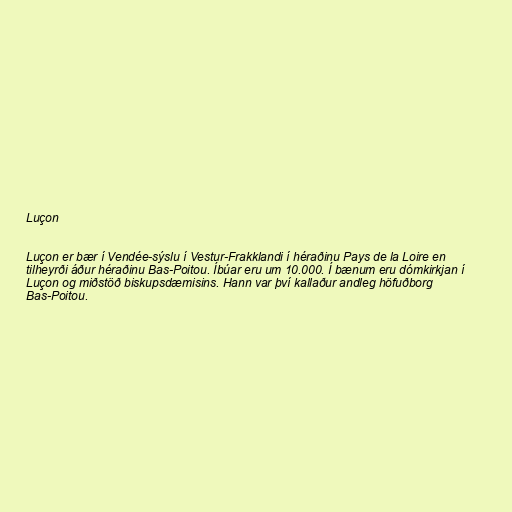
Luçon

Luçon er bær í Vendée-sýslu í Vestur-Frakklandi í héraðinu Pays de la Loire en
tilheyrði áður héraðinu Bas-Poitou. Íbúar eru um 10.000. Í bænum eru dómkirkjan í
Luçon og miðstöð biskupsdæmisins. Hann var því kallaður andleg höfuðborg
Bas-Poitou.